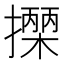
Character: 𢷡